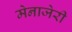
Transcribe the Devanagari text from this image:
मेनाजेरी